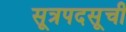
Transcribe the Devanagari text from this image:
सूत्रपदसूची